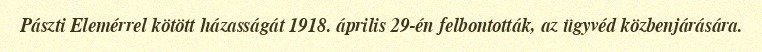
Pászti Elemérrel kötött házasságát 1918. április 29-én felbontották, az ügyvéd közbenjárására.